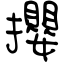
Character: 攖